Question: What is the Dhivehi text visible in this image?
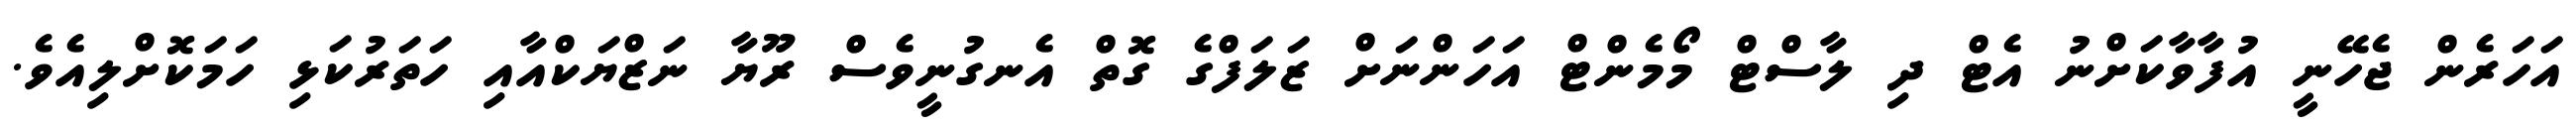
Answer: އަހަރެން ޖެހޭނީ އުފާވާކަށްނު އެޓް ދި ލާސްޓް މޯމެންޓް އަހަންނަށް ޒަލަފްގެ ގޮތް އެނގުނީވެސް ރޫޔާ ނަޒްޔަކްއާއި ހަތަރުކަޅި ހަމަކޮށްލިއެވެ.